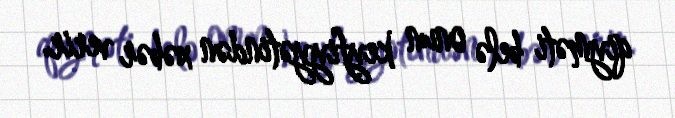
qiyməti belə onun keyfiyyətindən xəbər verir.